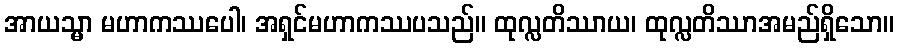
အာယသ္မာ မဟာကဿပေါ၊ အရှင်မဟာကဿပသည်။ ထုလ္လတိဿာယ၊ ထုလ္လတိဿာအမည်ရှိသော။